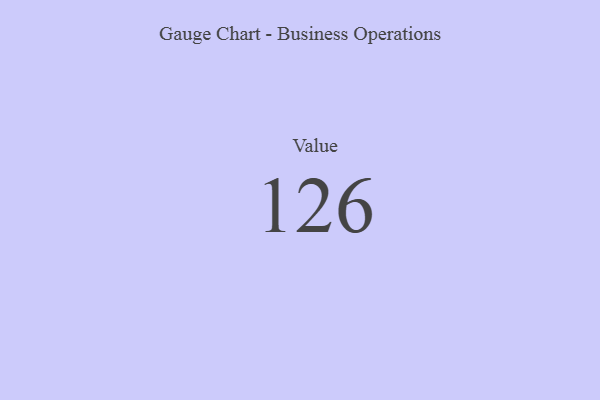
{"axis": {"x": "Metric", "y": "Value"}, "legend": [""], "data": [{"x": "Value", "y": 126, "type": ""}]}